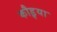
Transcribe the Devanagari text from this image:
कौडॢया